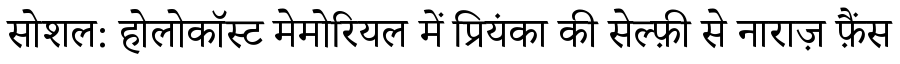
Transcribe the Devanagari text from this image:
सोशल: होलोकॉस्ट मेमोरियल में प्रियंका की सेल्फ़ी से नाराज़ फ़ैंस